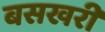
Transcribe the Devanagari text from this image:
बसखरी